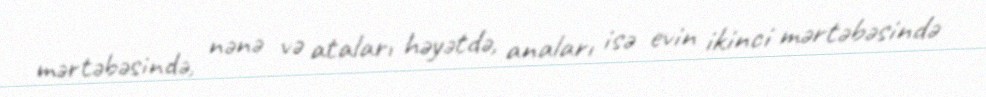
mərtəbəsində, nənə və ataları həyətdə, anaları isə evin ikinci mərtəbəsində